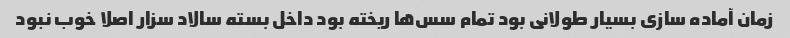
زمان آماده سازی بسیار طولانی بود تمام سس‌ها ریخته بود داخل بسته سالاد سزار اصلا خوب نبود